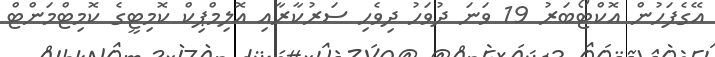
އޭގެފަހުން އޮކްޓޯބަރު 19 ވަނަ ދުވަހު ދިވެހި ސަރުކާރާއި އޮލިމްޕިކް ކޮމިޓީގެ ކޮމިޓްމަންޓް